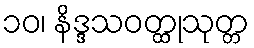
၁၀၊ နိဒ္ဒသဝတ္ထုသုတ္တ